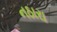
નઠારા